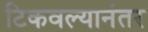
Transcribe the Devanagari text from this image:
टिकवल्यानंतर